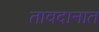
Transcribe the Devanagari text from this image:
तावदानात